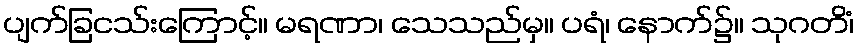
ပျက်ခြငသ်းကြောင့်။ မရဏာ၊ သေသည်မှ။ ပရံ၊ နောက်၌။ သုဂတိံ၊